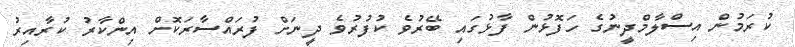
ކުރަމުން އިސްލާމްދީނުގެ ހަފޮޅުން ފާޅުގައި ބޭރުވެ ކުފުރުވެ ދީނަށް ފުރައްސާރަކޮށް އިންކާރު ކުރާއިރު